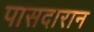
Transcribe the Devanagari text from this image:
पासदारान